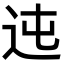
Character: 迍